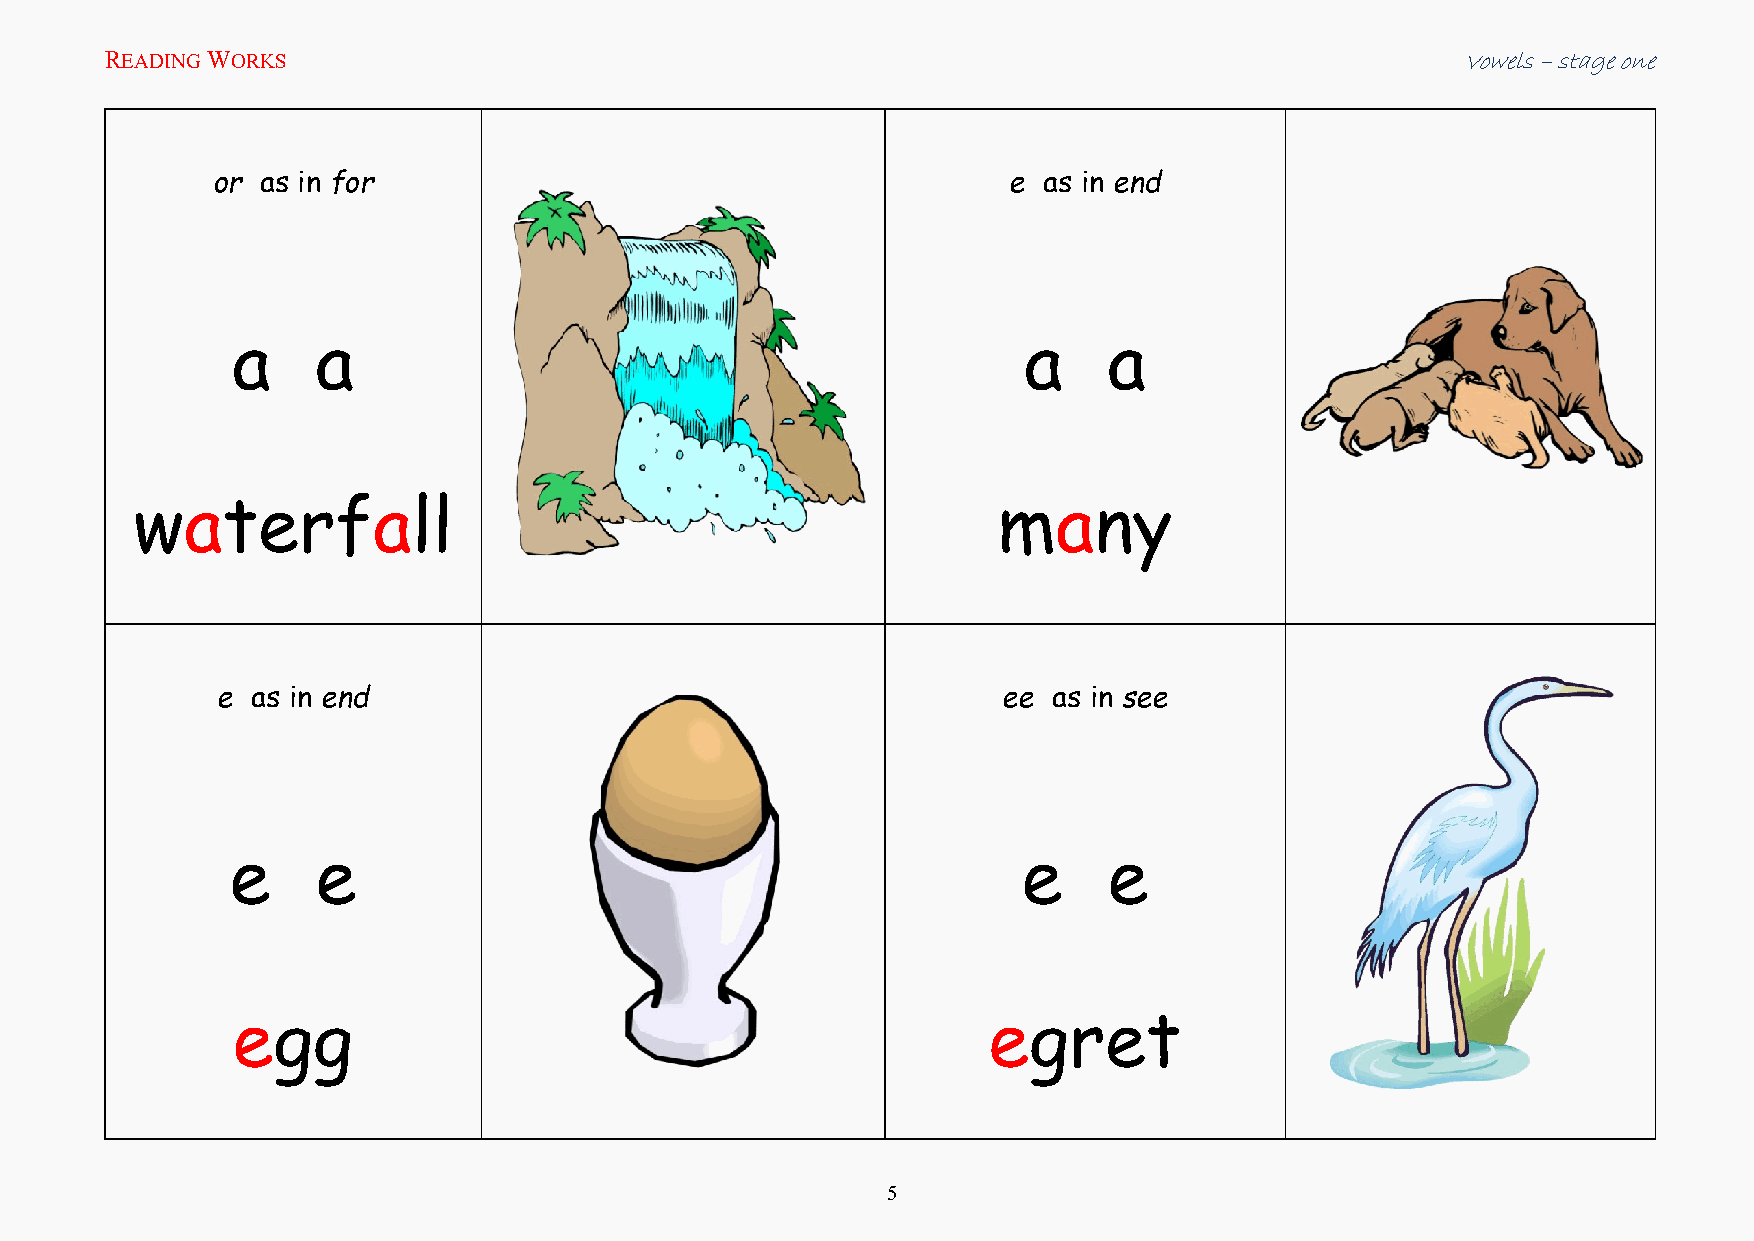
READING WORKS                                                                             Vowels – stage one
 or as in for                                         e as in end
 a     a                                              a    a
 waterfall                                                many
 e  as in end                                        ee  as in see
 e     e                                              e    e
 egg                                               egret
 5